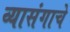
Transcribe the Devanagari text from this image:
व्यासंगाचे